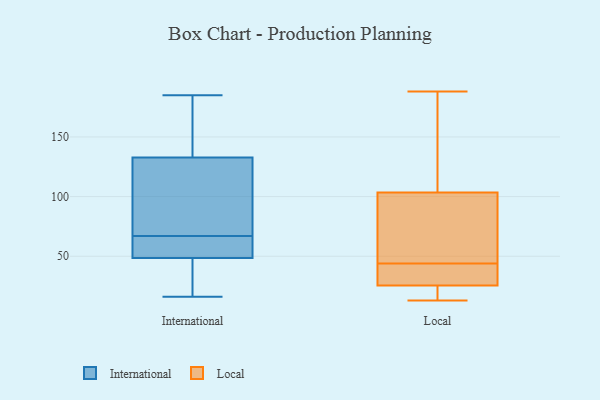
{"axis": {"x": "Market Share (%)", "y": "Value"}, "legend": ["International", "Local"], "data": [{"x": "", "y": 131, "type": "International"}, {"x": "", "y": 75, "type": "International"}, {"x": "", "y": 26, "type": "International"}, {"x": "", "y": 132, "type": "International"}, {"x": "", "y": 135, "type": "International"}, {"x": "", "y": 175, "type": "International"}, {"x": "", "y": 61, "type": "International"}, {"x": "", "y": 66, "type": "International"}, {"x": "", "y": 63, "type": "International"}, {"x": "", "y": 56, "type": "International"}, {"x": "", "y": 16, "type": "International"}, {"x": "", "y": 16, "type": "International"}, {"x": "", "y": 168, "type": "International"}, {"x": "", "y": 80, "type": "International"}, {"x": "", "y": 67, "type": "International"}, {"x": "", "y": 185, "type": "International"}, {"x": "", "y": 24, "type": "International"}, {"x": "", "y": 44, "type": "Local"}, {"x": "", "y": 21, "type": "Local"}, {"x": "", "y": 25, "type": "Local"}, {"x": "", "y": 38, "type": "Local"}, {"x": "", "y": 71, "type": "Local"}, {"x": "", "y": 27, "type": "Local"}, {"x": "", "y": 99, "type": "Local"}, {"x": "", "y": 105, "type": "Local"}, {"x": "", "y": 13, "type": "Local"}, {"x": "", "y": 170, "type": "Local"}, {"x": "", "y": 188, "type": "Local"}]}